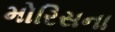
મોરિસના